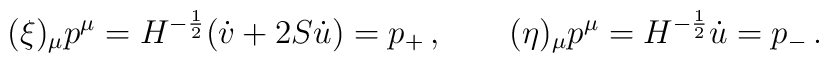
(\xi)_{\mu} p^{\mu} = H^{-{1\over 2}}(\dot{v} + 2 S \dot{u}) = p_{+}\, , \quad \quad (\eta)_{\mu} p^{\mu} = H^{-{1\over2}} \dot{u} = p_{-}\, .